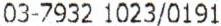
03-7932 1023/0191